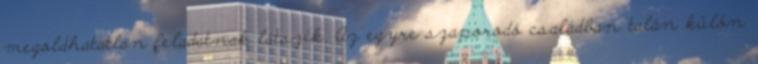
megoldhatatlan feladatnak látszik. Az egyre szaporodó családban talán külön